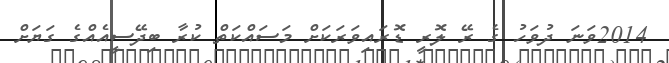
2014ވަނަ ދުވަހު ގެ ރޭ ލޮރީ ޑޮރައިވަރަކަށް މަސައްކަތް ކުރާ ބިދޭސީއެއްގެ ގަޔަށް